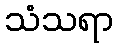
သံသရာ